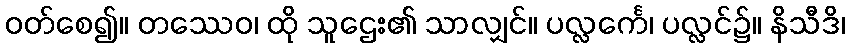
ဝတ်စေ၍။ တဿေဝ၊ ထို သူဌေး၏ သာလျှင်။ ပလ္လင်္ကေ၊ ပလ္လင်၌။ နိသီဒိ၊